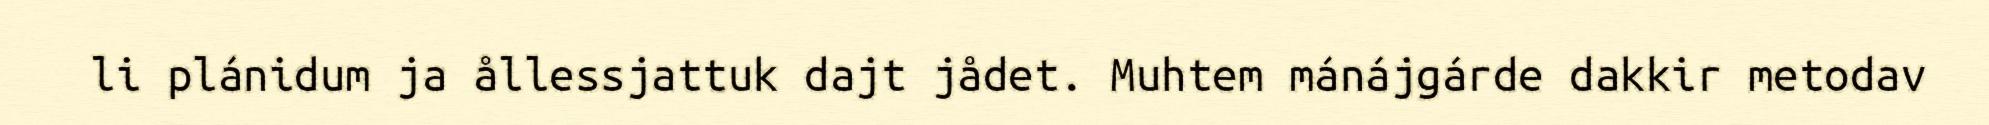
li plánidum ja ållessjattuk dajt jådet. Muhtem mánájgárde dakkir metodav